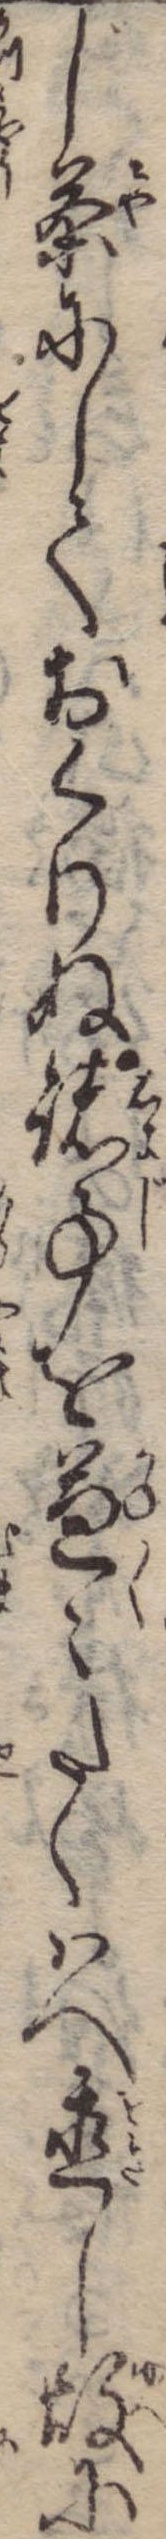
じ茶にしておくりぬ諸事を兼々たくはへ置し故に